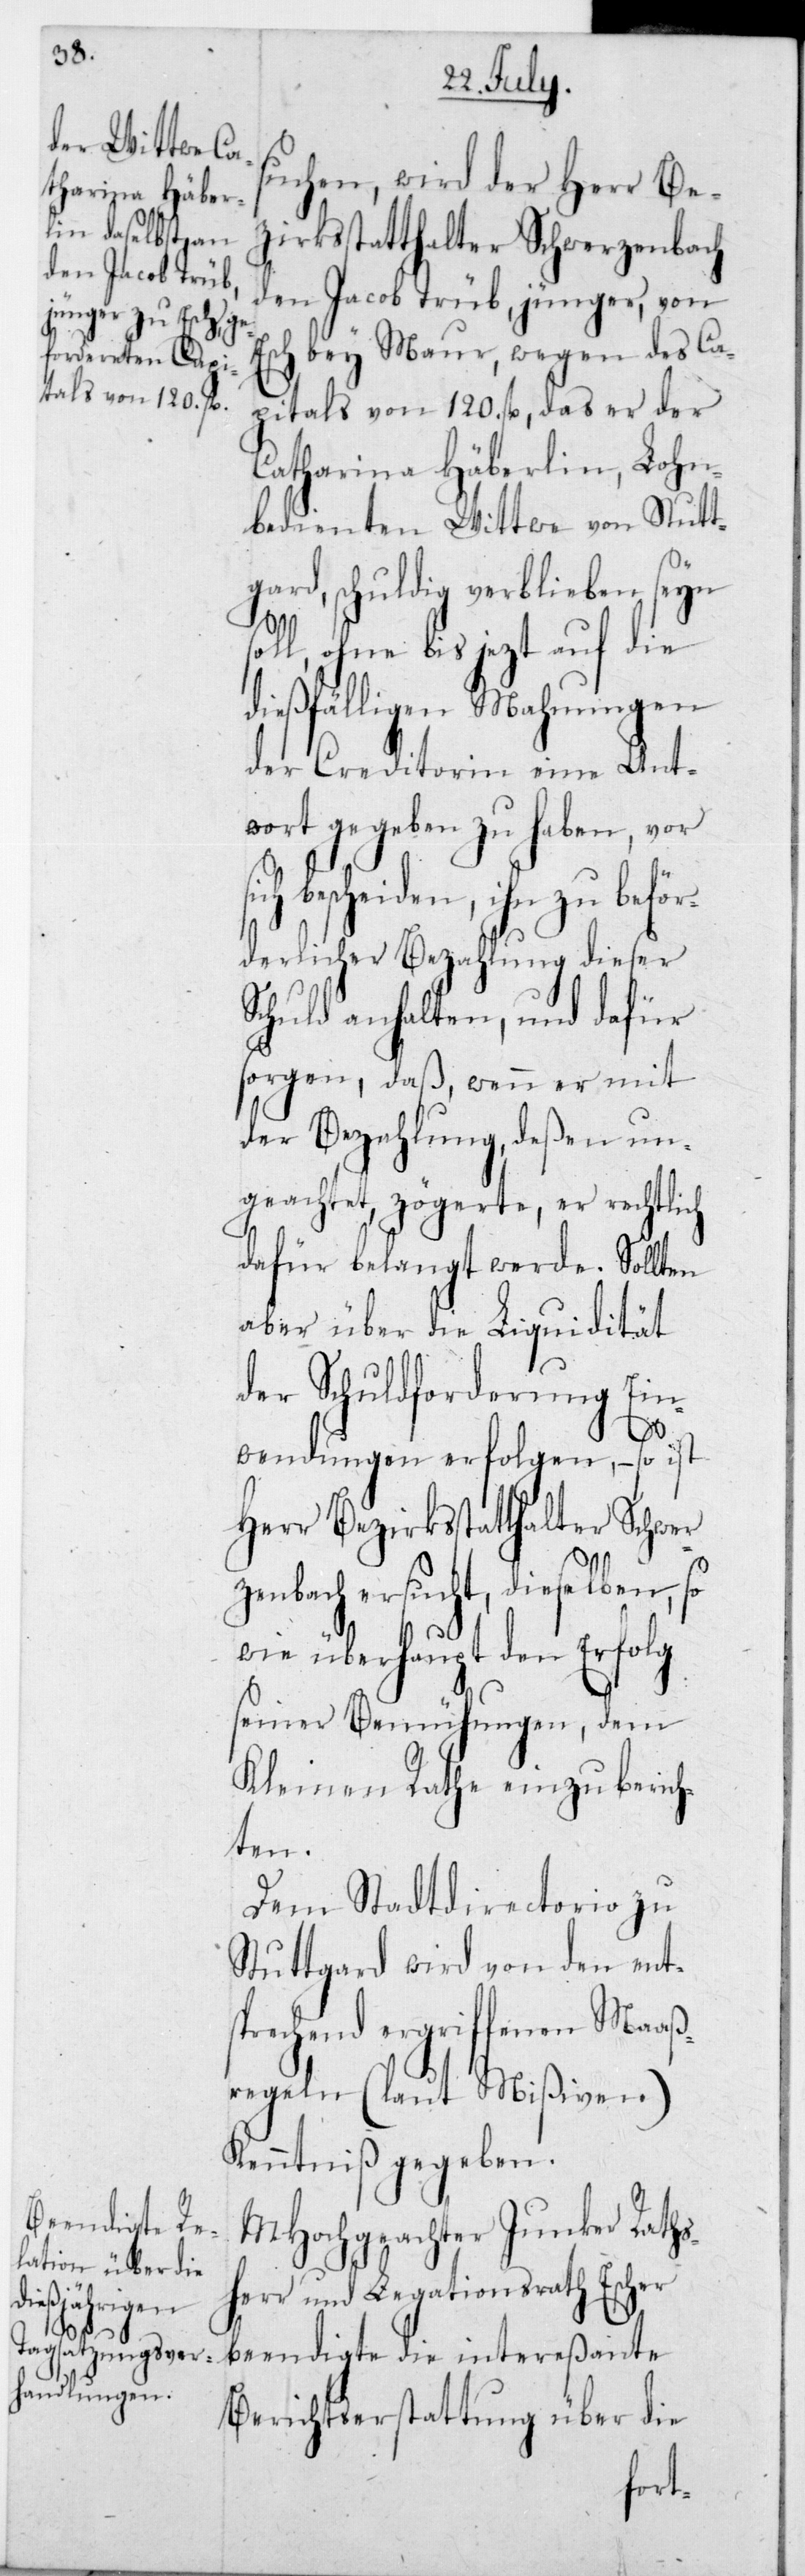
Be¬

suchen, wird der Herr Be¬
zirksstatthalter Schwerzenbach
den Jacob Trüb, jünger, von
sch bey Maur, wegen des Ca¬
pitals von 120 fl., das er der
Catharina Häberlin, Lohn¬
bedienten Wittwe von Stutt¬
gard, schuldig verblieben seyn
soll, ohne bis jezt auf die
dießfälligen Mahnungen
der Creditorin eine Ant¬
wort gegeben zu haben, vor
bescheiden, ihn zu befö¬
rderlicher Bezahlung dieser
Schuld anhalten, und dafür
sorgen, daß, wenn er mit
der Bezahlung, deßen un¬
geachtet zögerte, er rechtlich
dafür belangt werde. Sollten
aber über die Liquidität
der Schuldforderung Ein¬
wendungen erfolgen, – so ist
ersucht, dieselben,
wie überhaupt den Erfolg
seiner Bemühungen, dem
Kleinen Rathe einzuberich¬
ten.
Dem Stadtdirectorio zu
Stuttgard wird von den ent¬
sprechend ergriffenen Maaß¬
regeln (laut Mißiven)
Kenntniß gegeben.
MHochgeachter Junker Rats¬
herr und Legationsrath Escher
beendigte die intereßante
Berichtserstattung über die